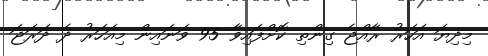
މިދިޔަ އަހަރު ރާއްޖެ ގިންތި ކޮށްފައިވާ 95 ވަނައިން މިއަހަރު ދެ ދަރަޖަ